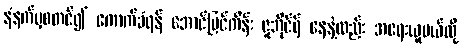
နံနက်မှစတင်၍ ကောက်ခံရန် အောင်မြင်ကိန်း ဇူဘိုင်ရ် နေနဲ့လည်း အရေးယူမယ်လို့